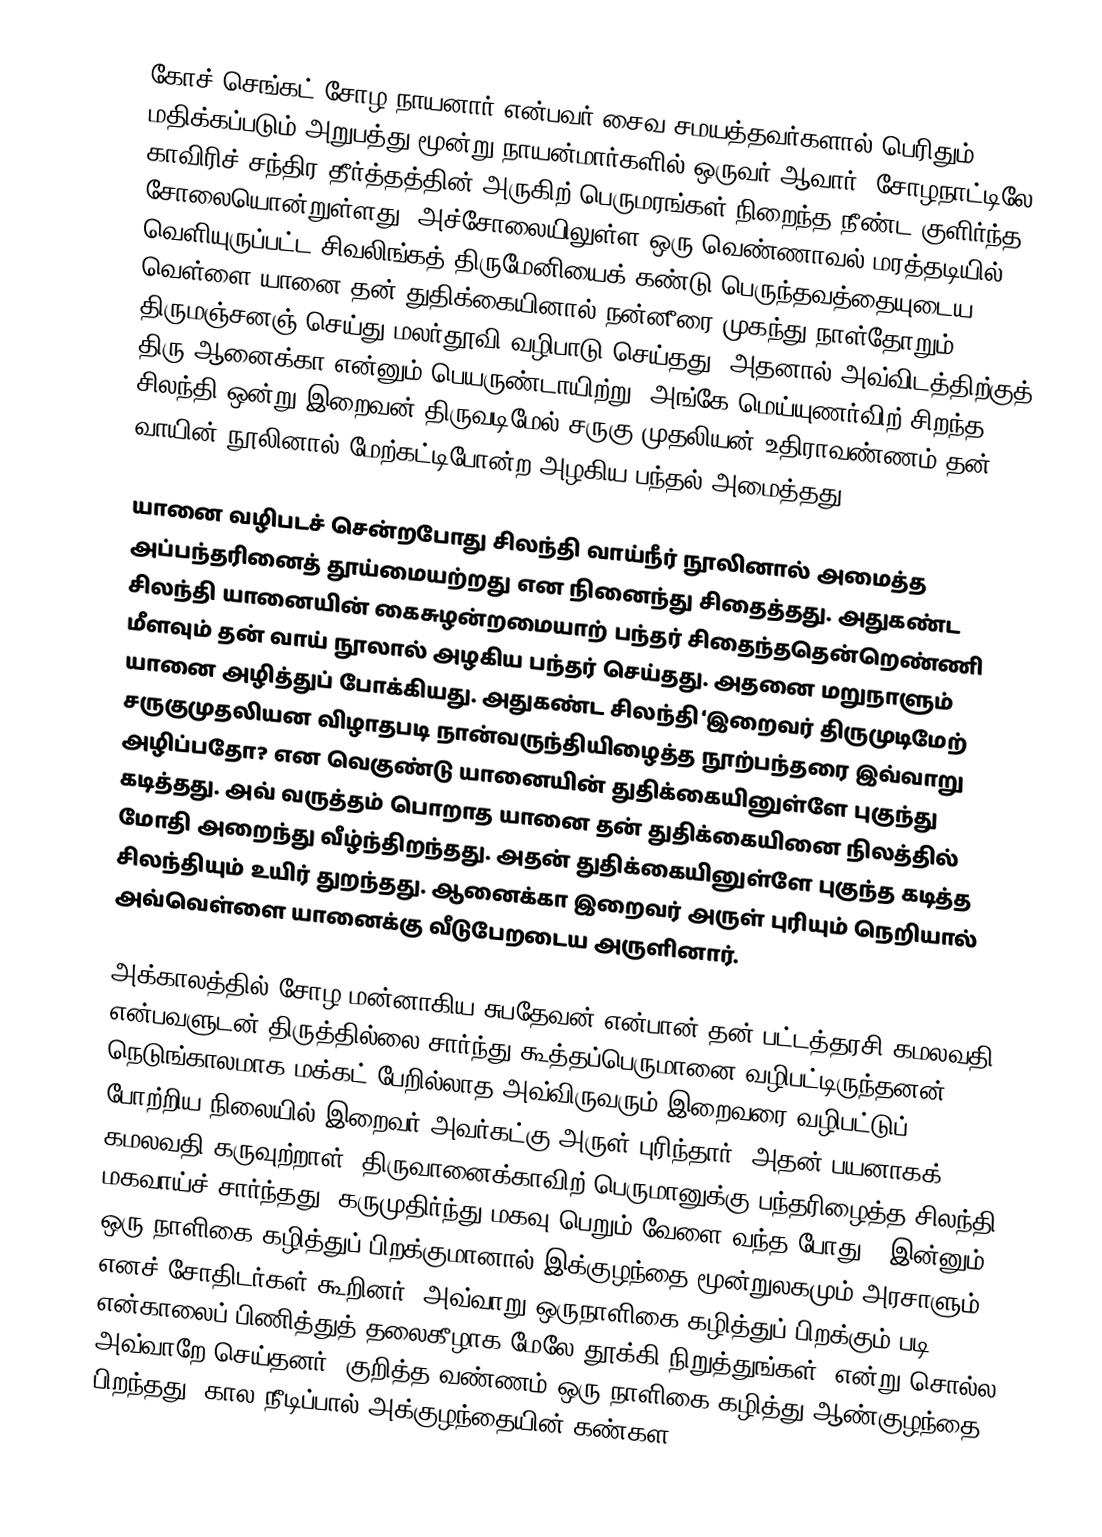
கோச் செங்கட் சோழ நாயனார் என்பவர் சைவ சமயத்தவர்களால் பெரிதும் மதிக்கப்படும் அறுபத்து மூன்று நாயன்மார்களில் ஒருவர் ஆவார். சோழநாட்டிலே காவிரிச் சந்திர தீர்த்தத்தின் அருகிற் பெருமரங்கள் நிறைந்த நீண்ட குளிர்ந்த சோலையொன்றுள்ளது. அச்சோலையிலுள்ள ஒரு வெண்ணாவல் மரத்தடியில் வெளியுருப்பட்ட சிவலிங்கத் திருமேனியைக் கண்டு பெருந்தவத்தையுடைய வெள்ளை யானை தன் துதிக்கையினால் நன்னீரை முகந்து நாள்தோறும் திருமஞ்சனஞ் செய்து மலர்தூவி வழிபாடு செய்தது. அதனால் அவ்விடத்திற்குத் திரு ஆனைக்கா என்னும் பெயருண்டாயிற்று. அங்கே மெய்யுணர்விற் சிறந்த சிலந்தி ஒன்று இறைவன் திருவடிமேல் சருகு முதலியன் உதிராவண்ணம் தன் வாயின் நூலினால் மேற்கட்டிபோன்ற அழகிய பந்தல் அமைத்தது.

யானை வழிபடச் சென்றபோது சிலந்தி வாய்நீர் நூலினால் அமைத்த அப்பந்தரினைத் தூய்மையற்றது என நினைந்து சிதைத்தது. அதுகண்ட சிலந்தி யானையின் கைசுழன்றமையாற் பந்தர் சிதைந்ததென்றெண்ணி மீளவும் தன் வாய் நூலால் அழகிய பந்தர் செய்தது. அதனை மறுநாளும் யானை அழித்துப் போக்கியது. அதுகண்ட சிலந்தி ‘இறைவர் திருமுடிமேற் சருகுமுதலியன விழாதபடி நான்வருந்தியிழைத்த நூற்பந்தரை இவ்வாறு அழிப்பதோ? என வெகுண்டு யானையின் துதிக்கையினுள்ளே புகுந்து கடித்தது. அவ் வருத்தம் பொறாத யானை தன் துதிக்கையினை நிலத்தில் மோதி அறைந்து வீழ்ந்திறந்தது. அதன் துதிக்கையினுள்ளே புகுந்த கடித்த சிலந்தியும் உயிர் துறந்தது. ஆனைக்கா இறைவர் அருள் புரியும் நெறியால் அவ்வெள்ளை யானைக்கு வீடுபேறடைய அருளினார்.

அக்காலத்தில் சோழ மன்னாகிய சுபதேவன் என்பான் தன் பட்டத்தரசி கமலவதி என்பவளுடன் திருத்தில்லை சார்ந்து கூத்தப்பெருமானை வழிபட்டிருந்தனன். நெடுங்காலமாக மக்கட் பேறில்லாத அவ்விருவரும் இறைவரை வழிபட்டுப் போற்றிய நிலையில்  இறைவர் அவர்கட்கு அருள் புரிந்தார். அதன் பயனாகக் கமலவதி கருவுற்றாள். திருவானைக்காவிற் பெருமானுக்கு பந்தரிழைத்த சிலந்தி மகவாய்ச் சார்ந்தது. கருமுதிர்ந்து மகவு பெறும் வேளை வந்த போது, ‘இன்னும் ஒரு நாளிகை கழித்துப் பிறக்குமானால் இக்குழந்தை மூன்றுலகமும் அரசாளும்’ எனச் சோதிடர்கள் கூறினர். அவ்வாறு ஒருநாளிகை கழித்துப் பிறக்கும் படி என்காலைப் பிணித்துத் தலைகீழாக மேலே தூக்கி நிறுத்துங்கள்’ என்று சொல்ல அவ்வாறே செய்தனர். குறித்த வண்ணம் ஒரு நாளிகை கழித்து ஆண்குழந்தை பிறந்தது. கால நீடிப்பால் அக்குழந்தையின் கண்கள